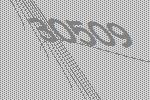
30509